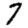
Digit: 7